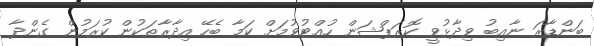
ބަންޑާރަ ނާއިބު ވިދާޅުވީ ކޮރަޕްޝަން ހުއްޓުވުމަށް ކަމާ ބެހޭ އިދާރާތަކުން ކުރަމުން ގެންދާ